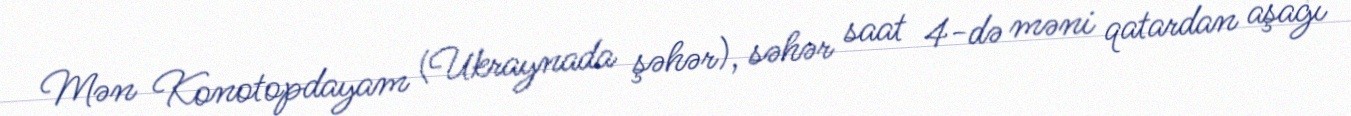
Mən Konotopdayam (Ukraynada şəhər), səhər saat 4-də məni qatardan aşağı